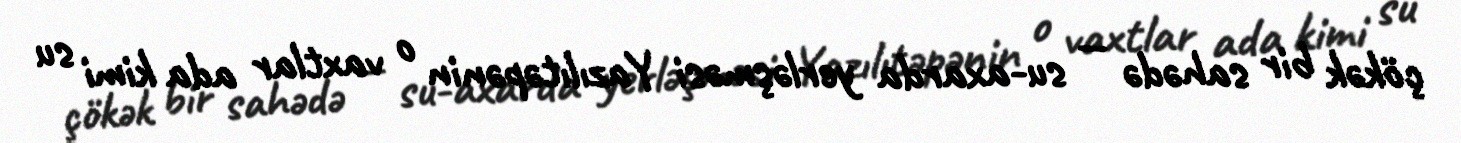
çökək bir sahədə — su-axarda yerləşməsi Yazılıtəpənin o vaxtlar ada kimi su